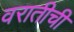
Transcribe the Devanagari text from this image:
वरातीची